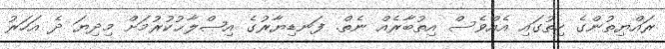
ރައްޔިތުންގެ ހިތުގައި އެއްވެސް އިތުބާރެއް ނެތް. ފަނޑިޔާރުގެ އިޞްލާޙުކުރުމަށް މިދިޔަ ދެ އަހަރު